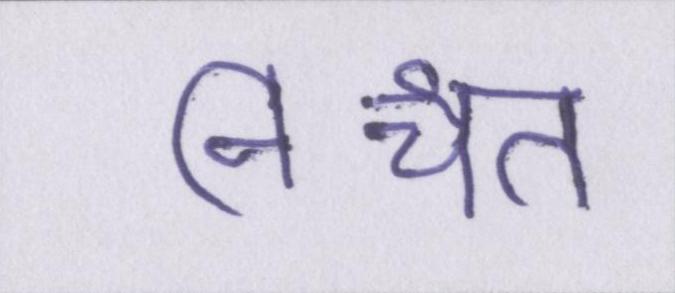
निश्चत